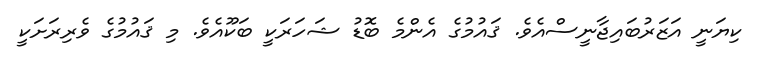
ކިޔަނީ އަޒަރުބައިޖާނީސްއެވެ. ޤައުމުގެ އެންމެ ބޮޑު ޝަހަރަކީ ބަކޫއެވެ. މި ޤައުމުގެ ވެރިރަށަކީ